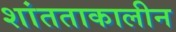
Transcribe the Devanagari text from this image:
शांतताकालीन